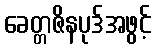
ခေတ္တဇိနပုဒ်အဖွင့်